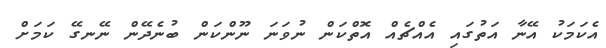
އެކަމަކު އޭނާ އަތުގައި އެއްޗެއް އޮތްކަން ނުވަނަ ނޫންކަން ބުނެދޭން ނޭނގޭ ކަމަށް